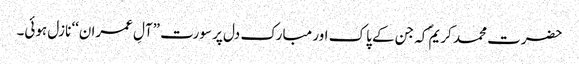
حضرت محمد کریمؐ کہ جن کے پاک اور مبارک دل پر سورت ”آلِ عمران‘‘ نازل ہوئی۔